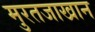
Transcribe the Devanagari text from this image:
मुरतजाखान